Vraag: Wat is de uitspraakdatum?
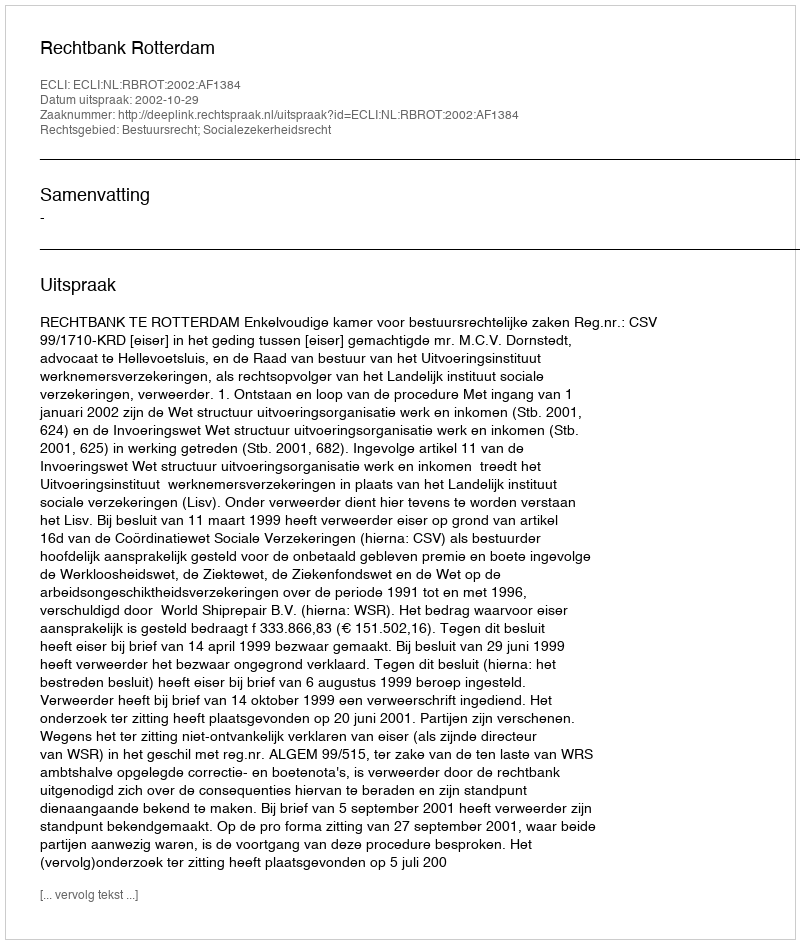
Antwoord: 2002-10-29